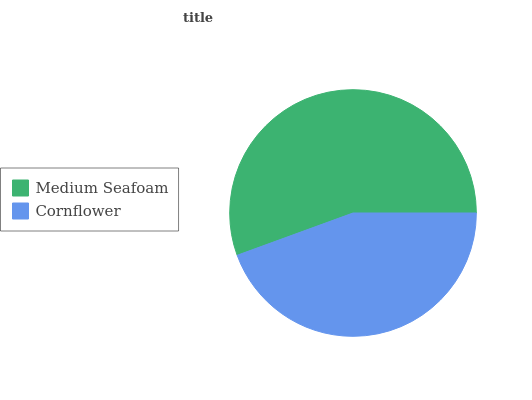
| Medium Seafoam | Cornflower |
 | --- | --- |
 | 55.6% | 44.4% |